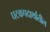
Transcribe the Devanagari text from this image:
घटकपदार्थातील